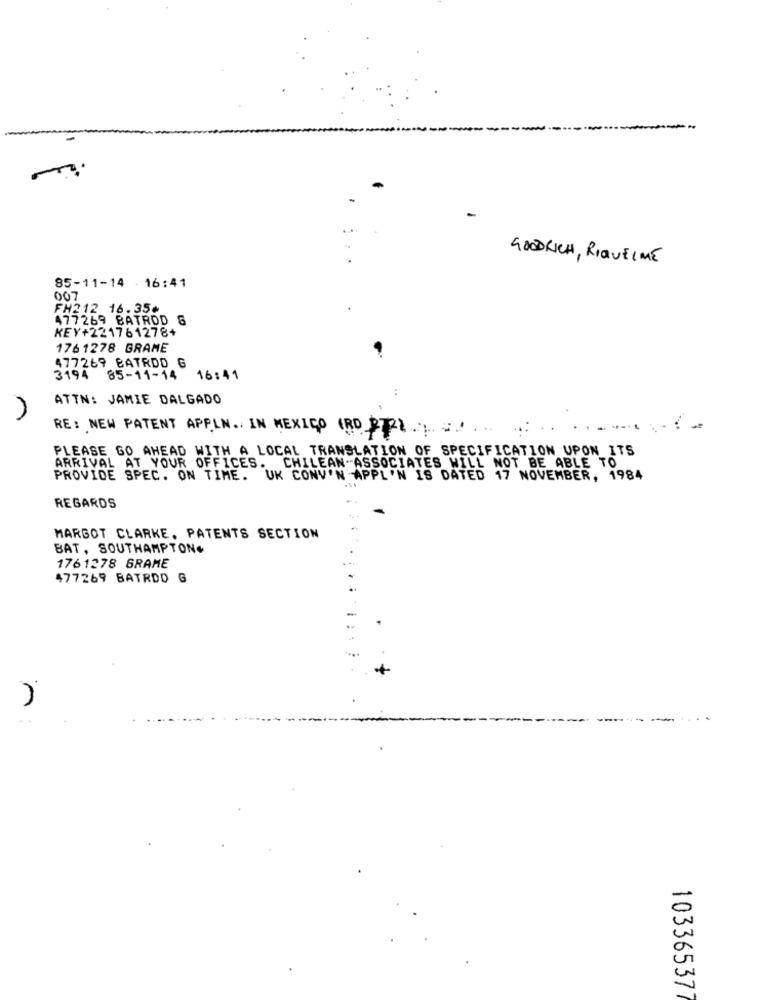
GOODRICH, RIQUELME
85-11-14 - 16:41
007
FH212 16.35¢
477269 BATROD 8
KEY+221761278+
1761278 GRAME
477269 BATRDD G
3194 85-11-14
16:41
ATTN: JAMIE DALGADO
RE: NEW PATENT APPIN .. IN MEXICO (RO )
PLEASE GO AHEAD WITH A LOCAL TRANSLATION OF SPECIFICATION UPON ITS
ARRIVAL AT YOUR OFFICES. CHILEAN-ASSOCIATES WILL NOT BE ABLE TO
PROVIDE SPEC. ON TIME. UK CONV'N APPL'N IS DATED 17 NOVEMBER, 1984
REGARDS
MARGOT CLARKE, PATENTS SECTION
BAT, SOUTHAMPTON+
1761278 BRAME
.
477269 BATRDO G
+
10336537